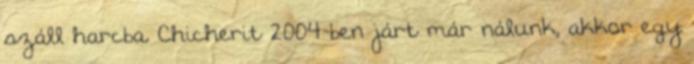
száll harcba. Chicherit 2004-ben járt már nálunk, akkor egy